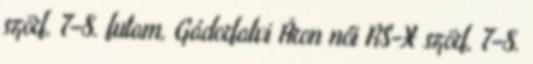
szörf, 7–8. futam, Gádorfalvi Áron női RS-X szörf, 7–8.